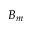
B _ { m }